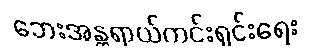
ဘေးအန္တရာယ်ကင်းရှင်းရေး